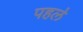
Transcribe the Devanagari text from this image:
पहल॓